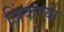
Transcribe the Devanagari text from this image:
जिंकण्या